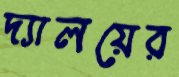
দ্যালয়ের